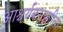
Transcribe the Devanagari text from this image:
आश्चर्यकारकरित्या